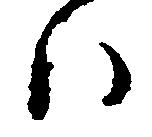
ハ